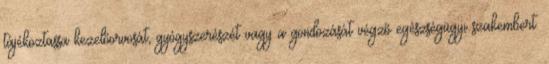
tájékoztassa kezelőorvosát, gyógyszerészét vagy a gondozását végző egészségügyi szakembert.